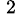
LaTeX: ^{\mathrm{~2~}}